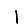
Digit: 1